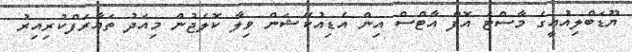
ޔޫޑަބްލިއުއީގެ މާސްޓަ އޮފް އާޓްސް އިން އެޑިއުކޭޝަން ވިލާ ކޮލެޖުން މިއަދު ތައާރަފްކުރިއިރު